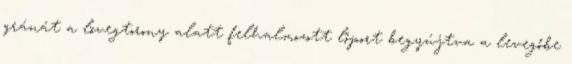
gránát a lövegtorony alatt felhalmozott lőport begyújtva a levegőbe